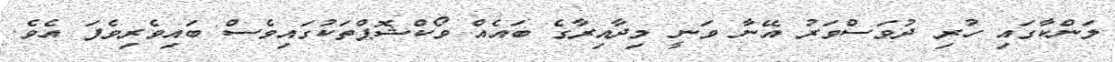
ލަންކާގައި ހުރި ދުވަސްވަރު އޭނާ ވަނީ މިދާއިރާގެ ބައެއް ވޯކްޝޮޕްތަކުގައިވެސް ބައިވެރިވެފަ އެވެ.